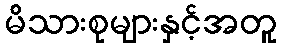
မိသားစုများနှင့်အတူ